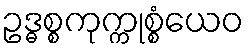
ဥဒ္ဓစ္စကုက္ကုစ္စံယေဝ